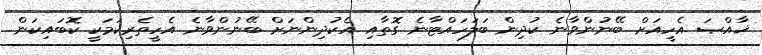
ޚާއްޞަ އެހީއަށް ބޭނުންވާނެ ކުދިން ބަލަހައްޓާނެ ގޮތާއި އެކުދިންނަށް ބޭނުންވާނެ އެހީތެރިކަމަކީ ކޮބައިކަން